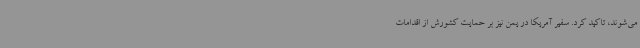
می‌شوند، تاکید کرد. سفیر آمریکا در یمن نیز بر حمایت کشورش از اقدامات